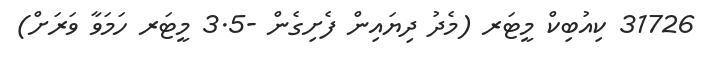
31726 ކިއުބިކް މީޓަރ (މެދު ދިޔައިން ފެށިގެން -3.5 މީޓަރ ހަމަވާ ވަރަށް)